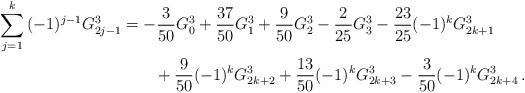
LaTeX: \begin{align*}\sum_{j = 1}^k {( - 1)^{j - 1} G_{2j - 1}^3 } &= - \frac{3}{{50}}G_0^3 + \frac{{37}}{{50}}G_1^3 + \frac{9}{{50}}G_2^3 - \frac{2}{{25}}G_3^3 - \frac{{23}}{{25}}( - 1)^k G_{2k + 1}^3\\&\qquad+ \frac{9}{{50}}( - 1)^k G_{2k + 2}^3 + \frac{{13}}{{50}}( - 1)^k G_{2k + 3}^3 - \frac{3}{{50}}( - 1)^k G_{2k + 4}^3\,.\end{align*}